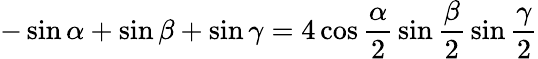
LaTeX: -\sin\alpha+\sin\beta+\sin\gamma=4\cos{\frac{\alpha}{2}}\sin{\frac{\beta}{2}}\sin{\frac{\gamma}{2}}